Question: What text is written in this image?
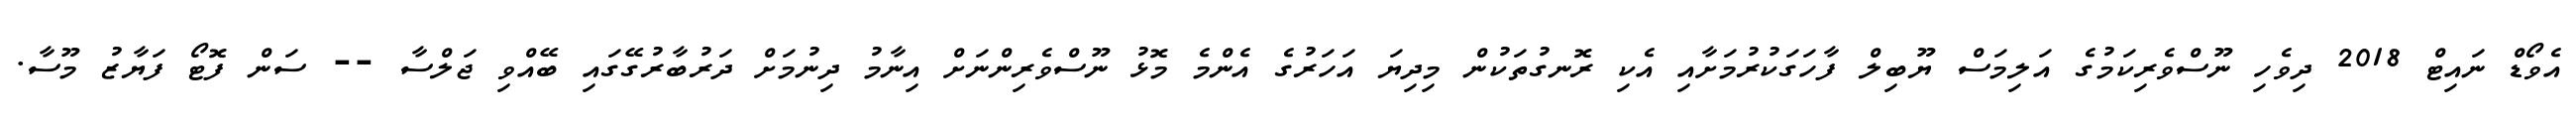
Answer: އެވޯޑް ނައިޓް 2018 ދިވެހި ނޫސްވެރިކަމުގެ އަލިމަސް ޔޫބިލް ފާހަގަކުރުމަށާއި އެކި ރޮނގުތަކުން މިދިޔަ އަހަރުގެ އެންމެ މޮޅު ނޫސްވެރިންނަށް އިނާމު ދިނުމަށް ދަރުބާރުގޭގައި ބޭއްވި ޖަލްސާ -- ސަން ފޮޓޯ ފަޔާޒު މޫސާ.